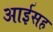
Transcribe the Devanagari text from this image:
आईसह